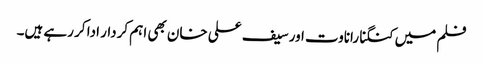
فلم میں کنگنا راناوت اور سیف علی خان بھی اہم کردار ادا کر رہے ہیں۔